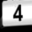
Digit: 4